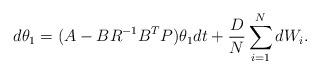
LaTeX: \begin{align*}d\theta_1= (A -BR^{-1}B^T P)\theta_1dt +\frac{D}{N}\sum_{i=1}^N dW_i.\end{align*}